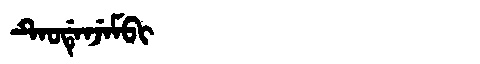
Manchu: ᡨᡝᠣᡩᡝᠨᠵᡝᠮᠪᡳ
Romanization: TEODENJEMBI